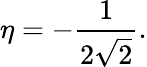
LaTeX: \eta=-\frac{1}{2\sqrt{2}}.